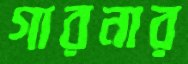
গারনার